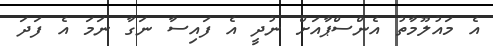
އެ މައުލޫމާތު އެންސްޕާއަށް ނުދީ އެ ފައިސާ ނަގާ ނަމަ އެ ފަދަ